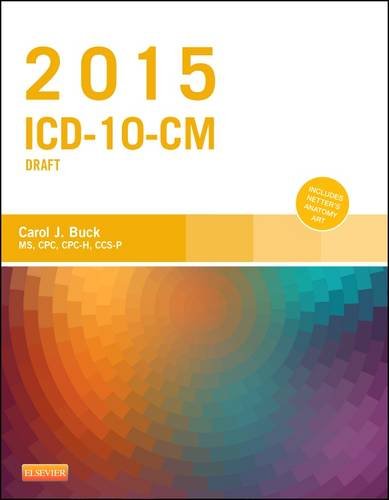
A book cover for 2015 ICD-10-CM Draft Edition, 1e; Carol J. Buck MS  CPC  CCS-P; Medical Books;